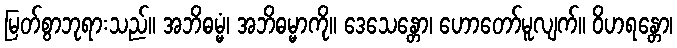
မြတ်စွာဘုရားသည်။ အဘိဓမ္မံ၊ အဘိဓမ္မာကို။ ဒေသေန္တော၊ ဟောတော်မူလျက်။ ဝိဟရန္တော၊